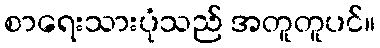
စာရေးသားပုံသည် အတူတူပင်။